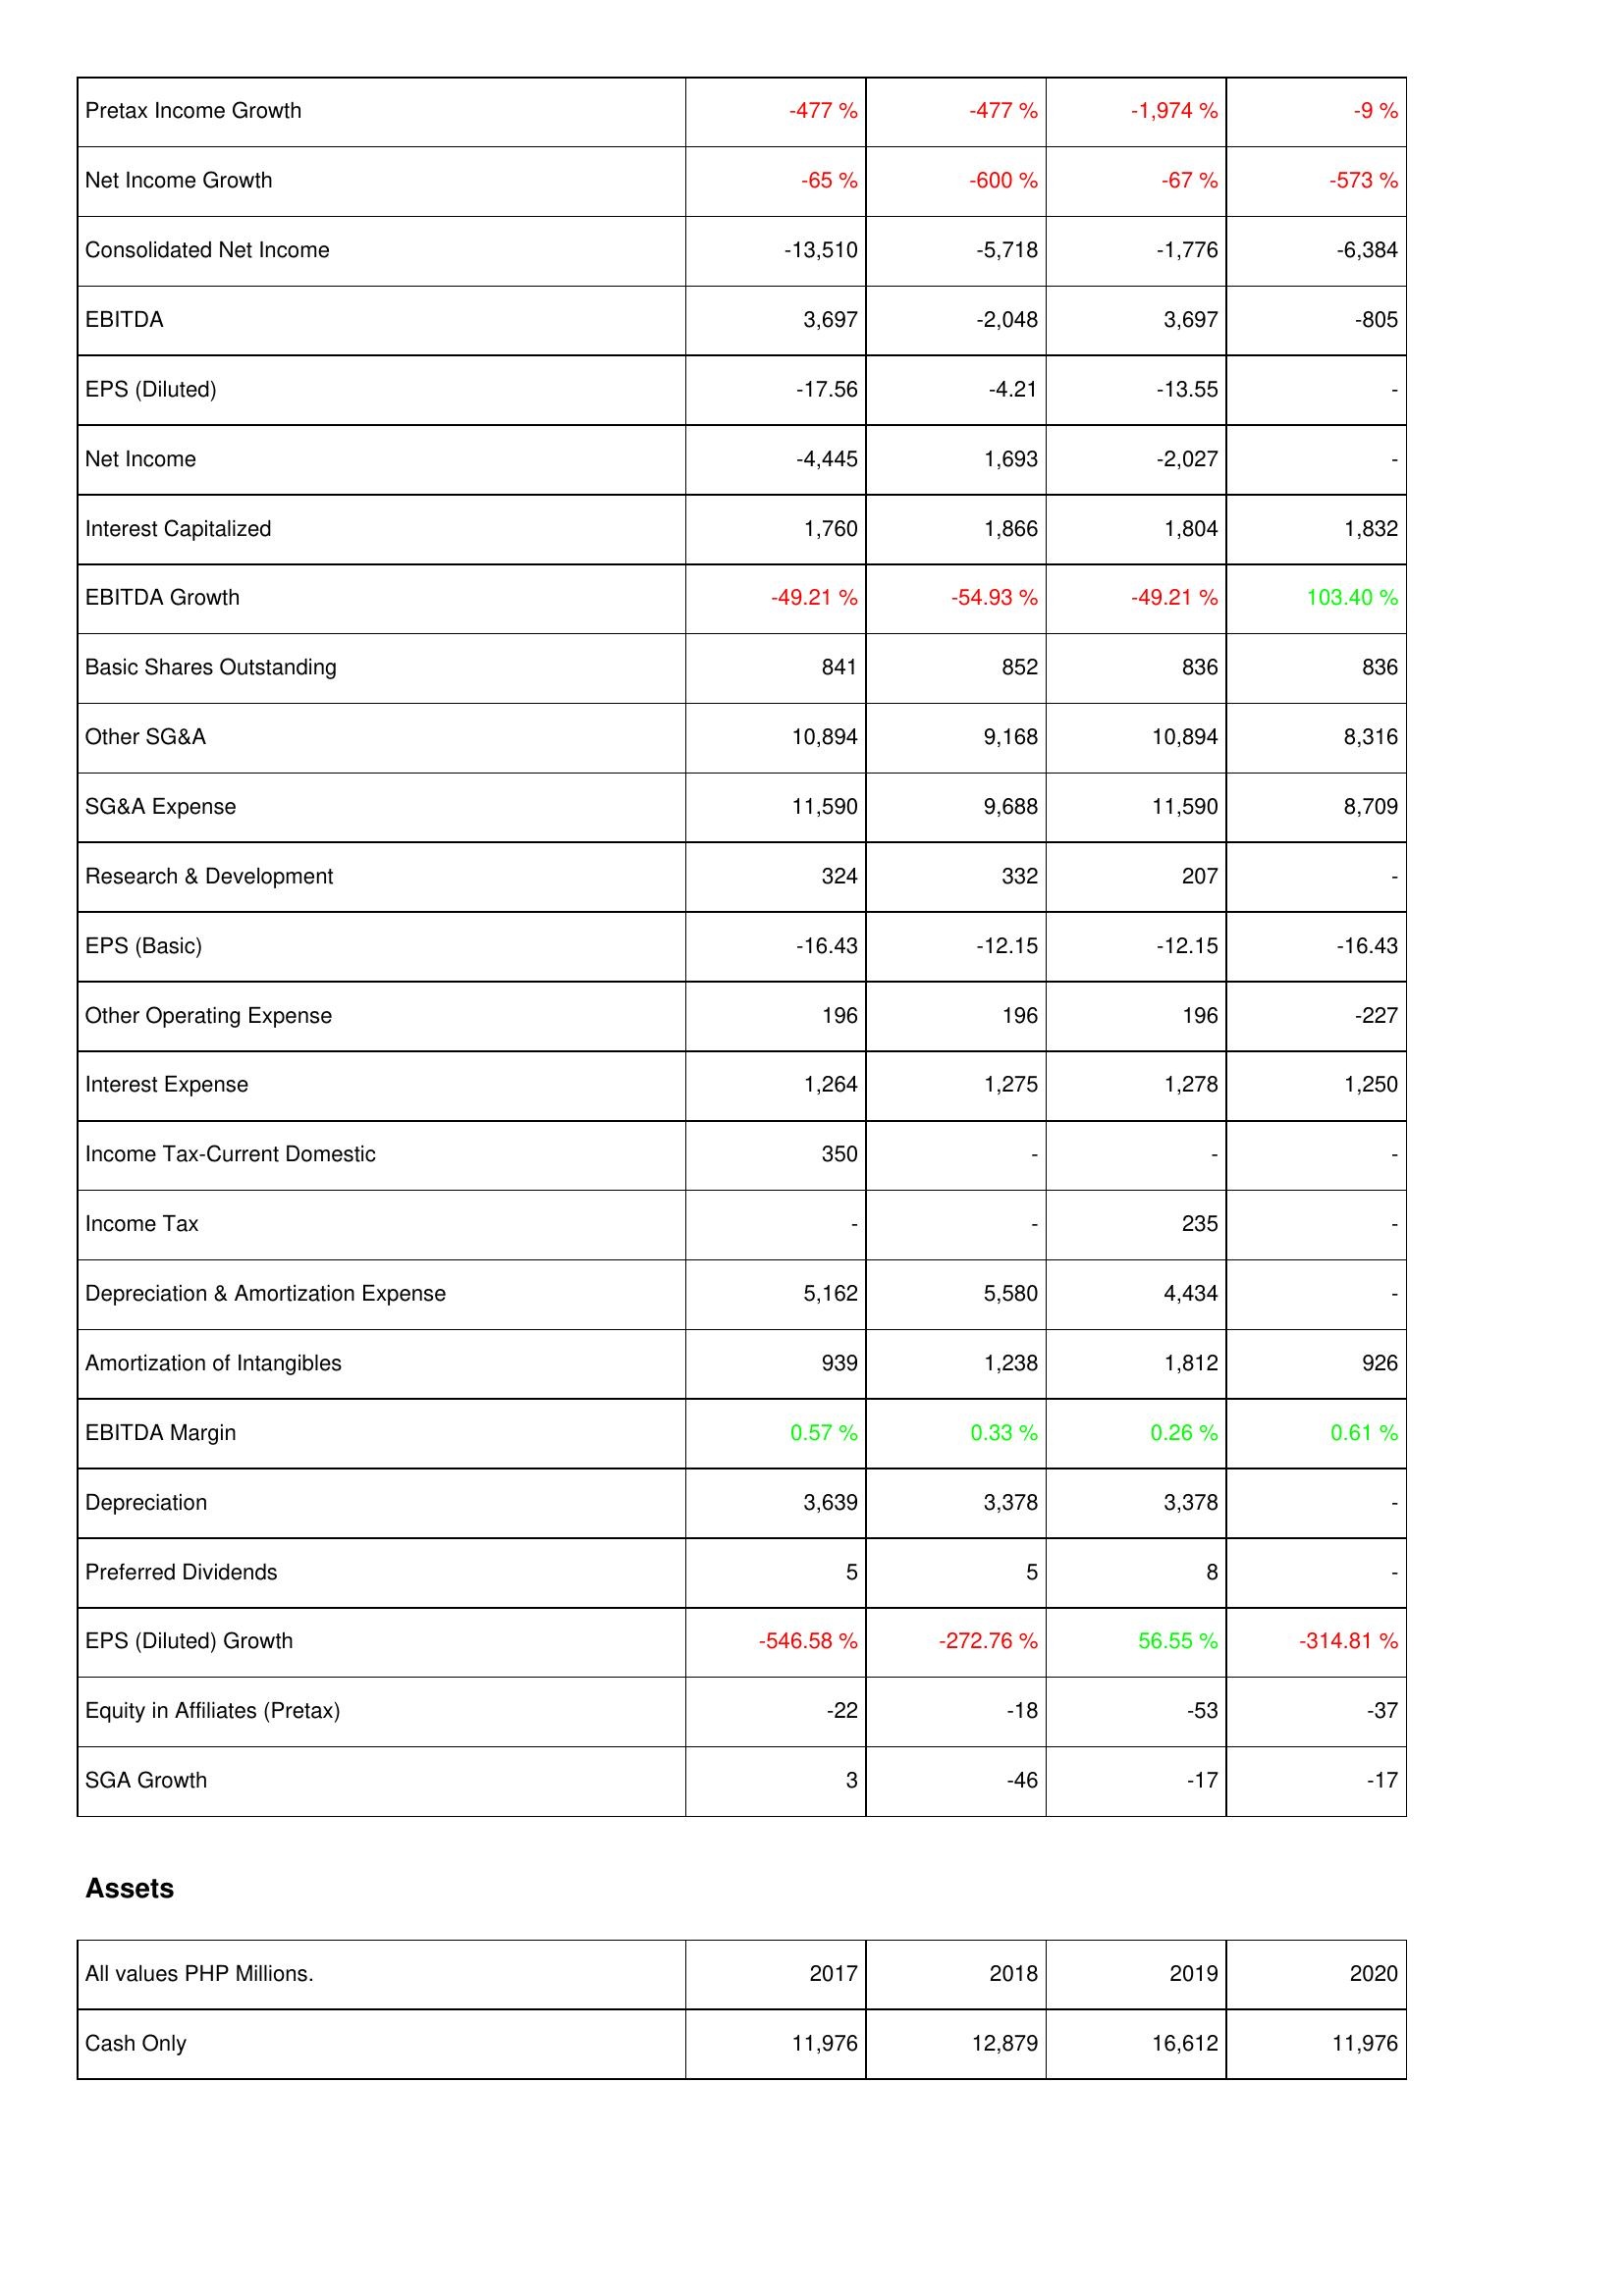
2017: Income Statement: Pretax Income Growth: -477 %
Net Income Growth: -65 %
Consolidated Net Income: -13,510
EBITDA: 3,697
EPS (Diluted): -17.56
Net Income: -4,445
Interest Capitalized: 1,760
EBITDA Growth: -49.21 %
Basic Shares Outstanding: 841
Other SG&A: 10,894
SG&A Expense: 11,590
Research & Development: 324
EPS (Basic): -16.43
Other Operating Expense: 196
Interest Expense: 1,264
Income Tax-Current Domestic: 350
Income Tax: -
Depreciation & Amortization Expense: 5,162
Amortization of Intangibles: 939
EBITDA Margin: 0.57 %
Depreciation: 3,639
Preferred Dividends: 5
EPS (Diluted) Growth: -546.58 %
Equity in Affiliates (Pretax): -22
SGA Growth: 3
Assets: Cash Only: 11,976
2018: Income Statement: Pretax Income Growth: -477 %
Net Income Growth: -600 %
Consolidated Net Income: -5,718
EBITDA: -2,048
EPS (Diluted): -4.21
Net Income: 1,693
Interest Capitalized: 1,866
EBITDA Growth: -54.93 %
Basic Shares Outstanding: 852
Other SG&A: 9,168
SG&A Expense: 9,688
Research & Development: 332
EPS (Basic): -12.15
Other Operating Expense: 196
Interest Expense: 1,275
Income Tax-Current Domestic: -
Income Tax: -
Depreciation & Amortization Expense: 5,580
Amortization of Intangibles: 1,238
EBITDA Margin: 0.33 %
Depreciation: 3,378
Preferred Dividends: 5
EPS (Diluted) Growth: -272.76 %
Equity in Affiliates (Pretax): -18
SGA Growth: -46
Assets: Cash Only: 12,879
2019: Income Statement: Pretax Income Growth: -1,974 %
Net Income Growth: -67 %
Consolidated Net Income: -1,776
EBITDA: 3,697
EPS (Diluted): -13.55
Net Income: -2,027
Interest Capitalized: 1,804
EBITDA Growth: -49.21 %
Basic Shares Outstanding: 836
Other SG&A: 10,894
SG&A Expense: 11,590
Research & Development: 207
EPS (Basic): -12.15
Other Operating Expense: 196
Interest Expense: 1,278
Income Tax-Current Domestic: -
Income Tax: 235
Depreciation & Amortization Expense: 4,434
Amortization of Intangibles: 1,812
EBITDA Margin: 0.26 %
Depreciation: 3,378
Preferred Dividends: 8
EPS (Diluted) Growth: 56.55 %
Equity in Affiliates (Pretax): -53
SGA Growth: -17
Assets: Cash Only: 16,612
2020: Income Statement: Pretax Income Growth: -9 %
Net Income Growth: -573 %
Consolidated Net Income: -6,384
EBITDA: -805
EPS (Diluted): -
Net Income: -
Interest Capitalized: 1,832
EBITDA Growth: 103.40 %
Basic Shares Outstanding: 836
Other SG&A: 8,316
SG&A Expense: 8,709
Research & Development: -
EPS (Basic): -16.43
Other Operating Expense: -227
Interest Expense: 1,250
Income Tax-Current Domestic: -
Income Tax: -
Depreciation & Amortization Expense: -
Amortization of Intangibles: 926
EBITDA Margin: 0.61 %
Depreciation: -
Preferred Dividends: -
EPS (Diluted) Growth: -314.81 %
Equity in Affiliates (Pretax): -37
SGA Growth: -17
Assets: Cash Only: 11,976